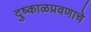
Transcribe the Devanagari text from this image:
दुष्काळप्रवणाचे